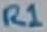
Text: R1